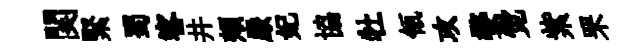
関緊蜀客井頰嚴妃協牡瓴攻婺觉紫罘